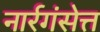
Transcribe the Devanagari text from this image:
नार्रगंसेत्त